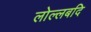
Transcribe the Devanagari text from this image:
लोल्लबदि